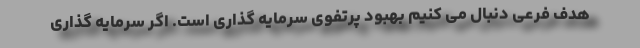
هدف فرعی دنبال می کنیم بهبود پرتفوی سرمایه گذاری است. اگر سرمایه گذاری